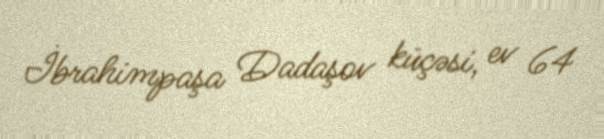
İbrahimpaşa Dadaşov küçəsi, ev 64